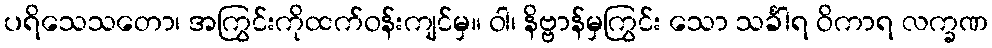
ပရိသေသတော၊ အကြွင်းကိုထက်ဝန်းကျင်မှ။ ဝါ၊ နိဗ္ဗာန်မှကြွင်း သော သင်္ခါရ ဝိကာရ လက္ခဏ